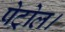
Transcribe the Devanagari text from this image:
पेट्रोल।